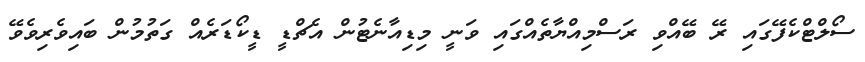
ސޯލްޓްކެފޭގައި ރޭ ބޭއްވި ރަސްމިއްޔާތެއްގައި ވަނީ މިޑިއާނެޓުން އެޗްޑީ ޑީކޯޑަރެއް ގަތުމުން ބައިވެރިވެވޭ